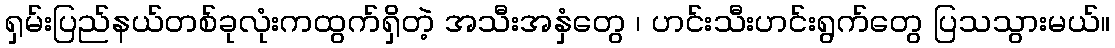
ရှမ်းပြည်နယ်တစ်ခုလုံးကထွက်ရှိတဲ့ အသီးအနှံတွေ ၊ ဟင်းသီးဟင်းရွက်တွေ ပြသသွားမယ်။